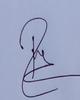
Signature authenticity: genuine